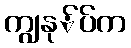
ကျွနု်ပ်က